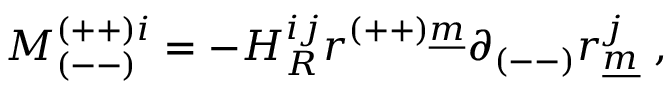
M _ { ( -- ) } ^ { ( + + ) i } = - H _ { R } ^ { i j } r ^ { ( + + ) \underline { { { m } } } } \partial _ { ( -- ) } r _ { \underline { { { m } } } } ^ { j } ~ ,